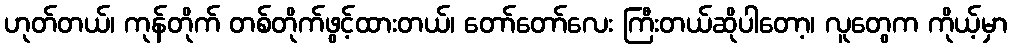
ဟုတ်တယ်၊ ကုန်တိုက် တစ်တိုက်ဖွင့်ထားတယ်၊ တော်တော်လေး ကြီးတယ်ဆိုပါတော့၊ လူတွေက ကိုယ့်မှာ